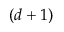
( d + 1 )